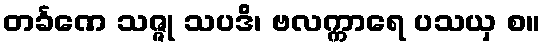
တင်္ခဏေ သဇ္ဇု သပဒိ၊ ဗလက္ကာရေ ပသယှ စ။